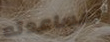
لمساعدته